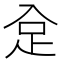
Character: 𧾺